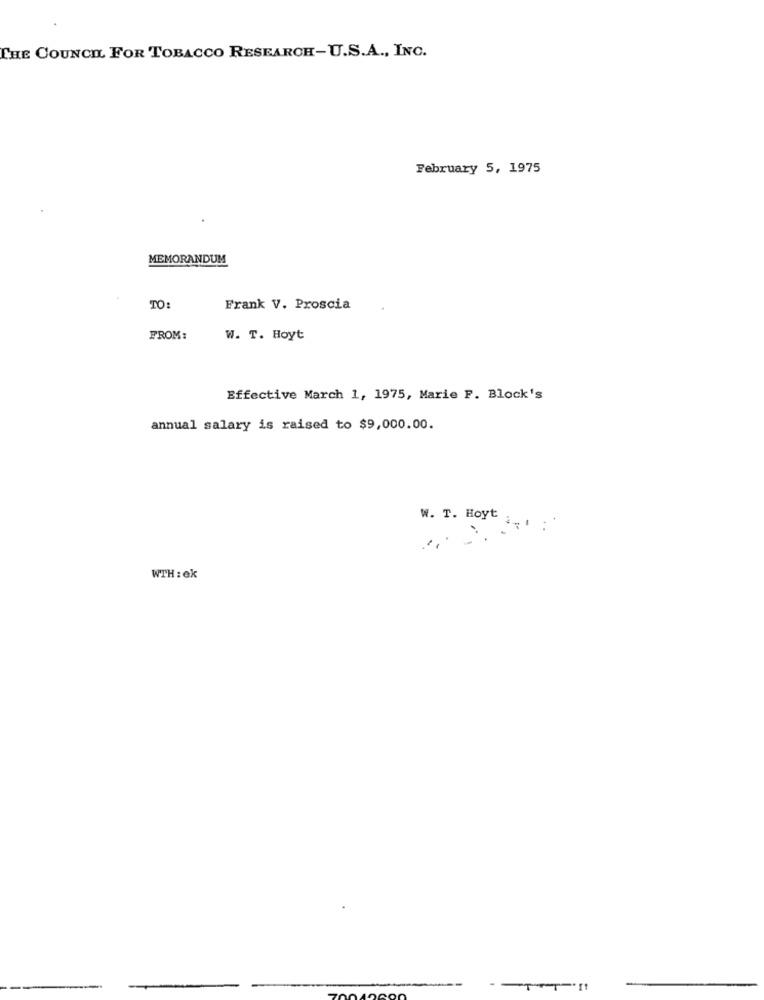
THE COUNCIL FOR TOBACCO RESEARCH-U.S.A ., INC.
February 5, 1975
MEMORANDUM
TO
Frank V. Proscia
FROM:
W. T. Hoyt
Effective March 1, 1975, Marie F. Block's
annual salary is raised to $9,000.00.
W. T. Hoyt ;.. .
WTH : ek